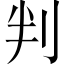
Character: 判